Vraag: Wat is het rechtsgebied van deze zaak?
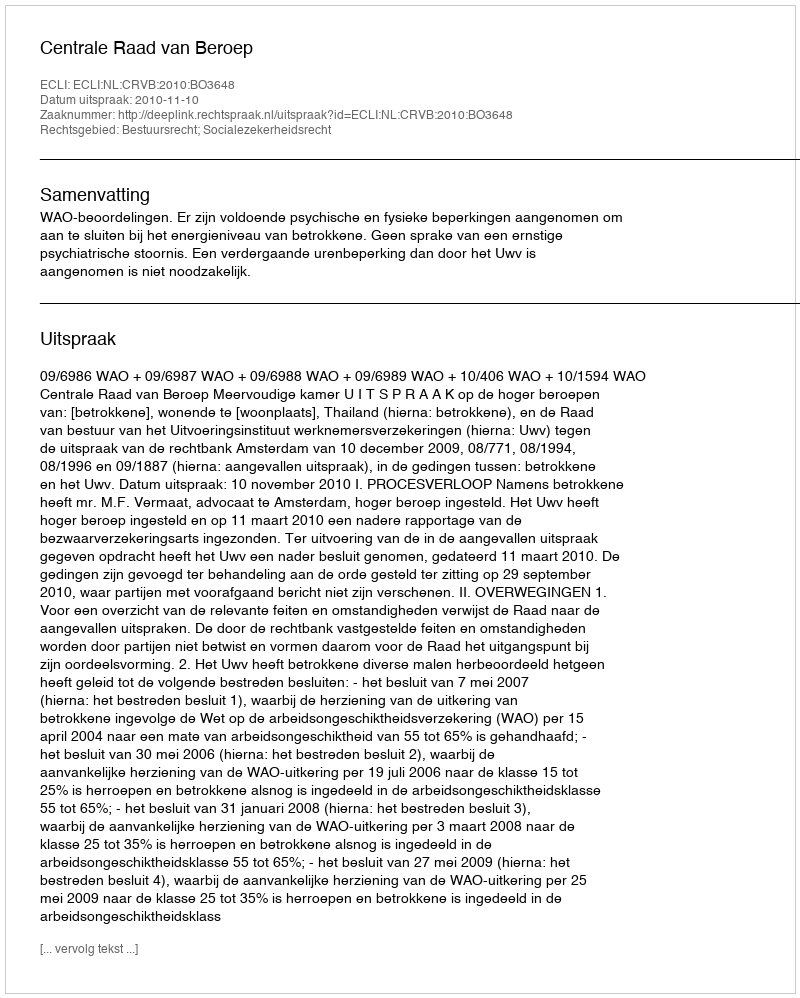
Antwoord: Bestuursrecht; Socialezekerheidsrecht